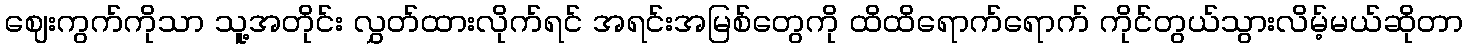
ဈေးကွက်ကိုသာ သူ့အတိုင်း လွှတ်ထားလိုက်ရင် အရင်းအမြစ်တွေကို ထိထိရောက်ရောက် ကိုင်တွယ်သွားလိမ့်မယ်ဆိုတာ